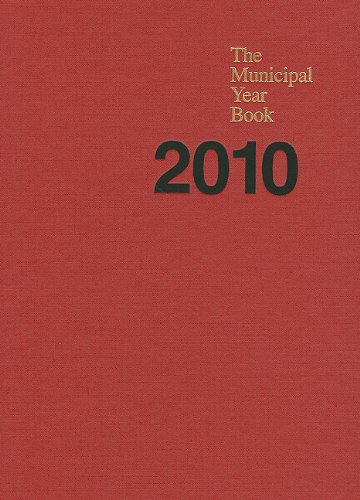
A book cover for The Municipal Year Book; Business & Money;